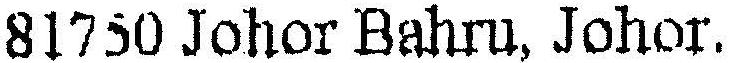
81750 JOHOR BAHRU, JOHOR.